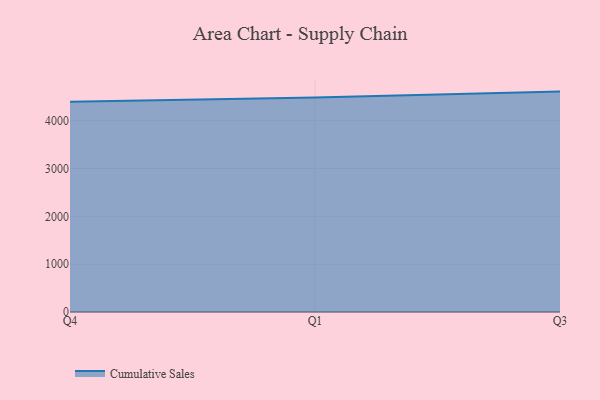
{"axis": {"x": "Quarter", "y": "Page Views"}, "legend": ["Cumulative Sales"], "data": [{"x": "Q4", "y": 4396.6, "type": "Cumulative Sales"}, {"x": "Q1", "y": 4485.8, "type": "Cumulative Sales"}, {"x": "Q3", "y": 4607.0, "type": "Cumulative Sales"}]}